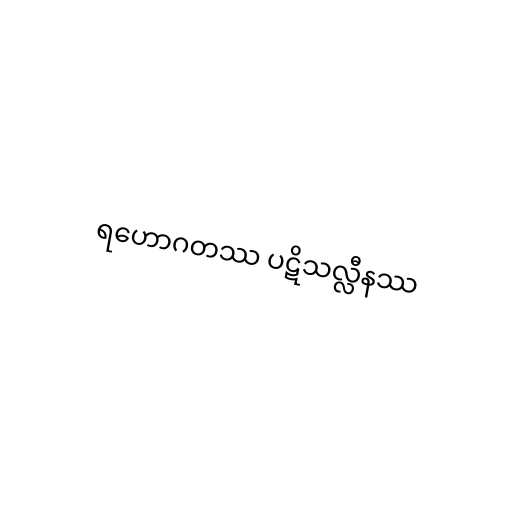
ရဟောဂတဿ ပဋိသလ္လီနဿ